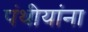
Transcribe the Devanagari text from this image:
पंथीयांना